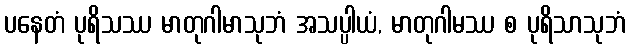
ပနေတံ ပုရိသဿ မာတုဂါမာသုဘံ အသပ္ပါယံ, မာတုဂါမဿ စ ပုရိသာသုဘံ